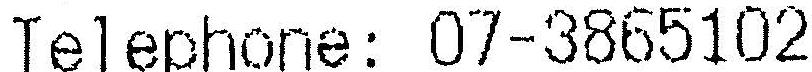
TELEPHONE: 07-3865102